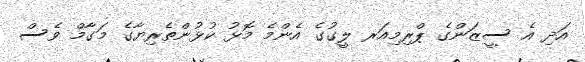
އަދި އެ ސީޒަންގެ ޕްރިމިއަރ ލީގުގެ އެންމެ މޮޅު ކުޅުންތެރިޔާގެ މަގާމް ވެސް